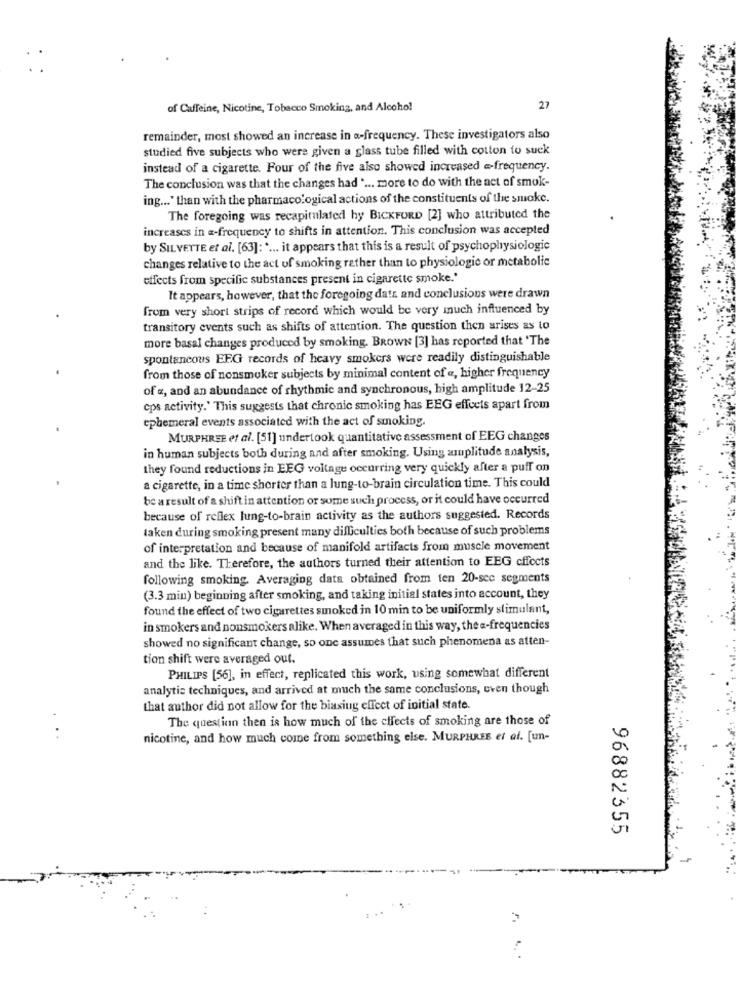
of Caffeine, Nicotine, Tobacco Smoking, and Alcohol
27
remainder, most showed an increase in a-frequency. These investigators also
studied five subjects who were given a glass tube filled with cotton to suck
instead of a cigarette. Four of the five also showed increased @-frequency.
The conclusion was that the changes had .... more to do with the act of smok-
ing ... " than with the pharmacological actions of the constituents of the smoke.
The foregoing was recapitulated hy BICKFORD [2] who attributed the
increases in a-frequency to shifts in attention. This conclusion was accepted
by SILVETTE et al. [63]: " ... it appears that this is a result of psychophysiologie
changes relative to the act of smoking rather than to physiologic or metabolic
effects from specific substances present in cigarette smoke.'
It appears, however, that the foregoing data and conclusions were drawn
from very short strips of record which would be very much influenced by
transitory events such as shifts of attention. The question then arises as to
more basal changes produced by smoking. BROWN [3] has reported that 'The
spontaneous EFG records of heavy smokers were readily distinguishable
from those of nonsmoker subjects by minimal content of «, higher frequency
of «, and an abundance of rhythmic and synchronous, high amplitude 12-25
cps activity.' This suggests that chronic smoking has EEG effects apart from
ephemeral events associated with the act of smoking.
MURPHREE et al. [51] undertook quantitative assessment of EEG changes
in human subjects both during and after smoking. Using amplitude analysis,
they found reductions in EEG voltage occurring very quickly after a puff on
a cigarette, in a time shorter than a lung-to-brain circulation time. This could
be a result of a shift in attention or some such process, or it could have occurred
because of reflex lung-to-brain activity as the authors suggested. Records
laken during smoking present many difficulties both because of such problems
of interpretation and because of manifold artifacts from muscle movement
and the like. Therefore, the authors turned their attention to EEG cffects
following smoking. Averaging data obtained from ten 20-sec segments
(3.3 min) beginning after smoking, and taking initial states into account, they
found the effect of two cigarettes smoked in 10 min to be uniformly stimulant,
in smokers and nonsmokers alike. When averaged in this way, the a-frequencies
showed no significant change, so one assumes that such phenomena as atten-
tion shift were averaged out.
PHILIPS [56], in effect, replicated this work, using somewhat different
analytic techniques, and arrived at much the same conclusions, even though
that author did not allow for the biasiug effect of initial state.
The question then is how much of the effects of smoking are those of
...
nicotine, and how much come from something else. MURPHREE et al. [un-
96882355
-
..